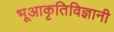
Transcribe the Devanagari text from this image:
भूआकृतिविज्ञानी